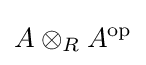
A\otimes _{R}A^{\mathrm {op} }